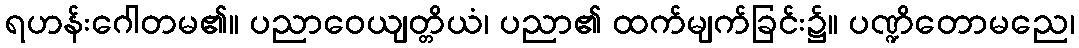
ရဟန်းဂေါတမ၏။ ပညာဝေယျတ္တိယံ၊ ပညာ၏ ထက်မျက်ခြင်း၌။ ပဏ္ဍိတောမညေ၊